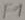
Text: F1